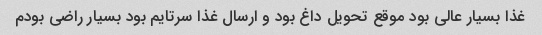
غذا بسیار عالی بود موقع تحویل داغ بود و ارسال غذا سرتایم بود بسیار راضی بودم